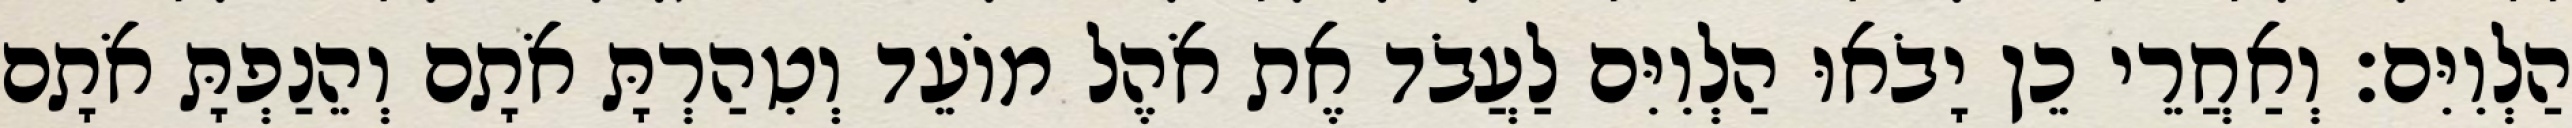
הַלְוִיִּם׃ וְאַחֲרֵי כֵן יָבֹאוּ הַלְוִיִּם לַעֲבֹד אֶת אֹהֶל מוֹעֵד וְטִהַרְתָּ אֹתָם וְהֵנַפְתָּ אֹתָם